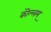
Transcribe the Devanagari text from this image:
कॊल्लम्